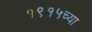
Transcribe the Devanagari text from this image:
१९१५च्या